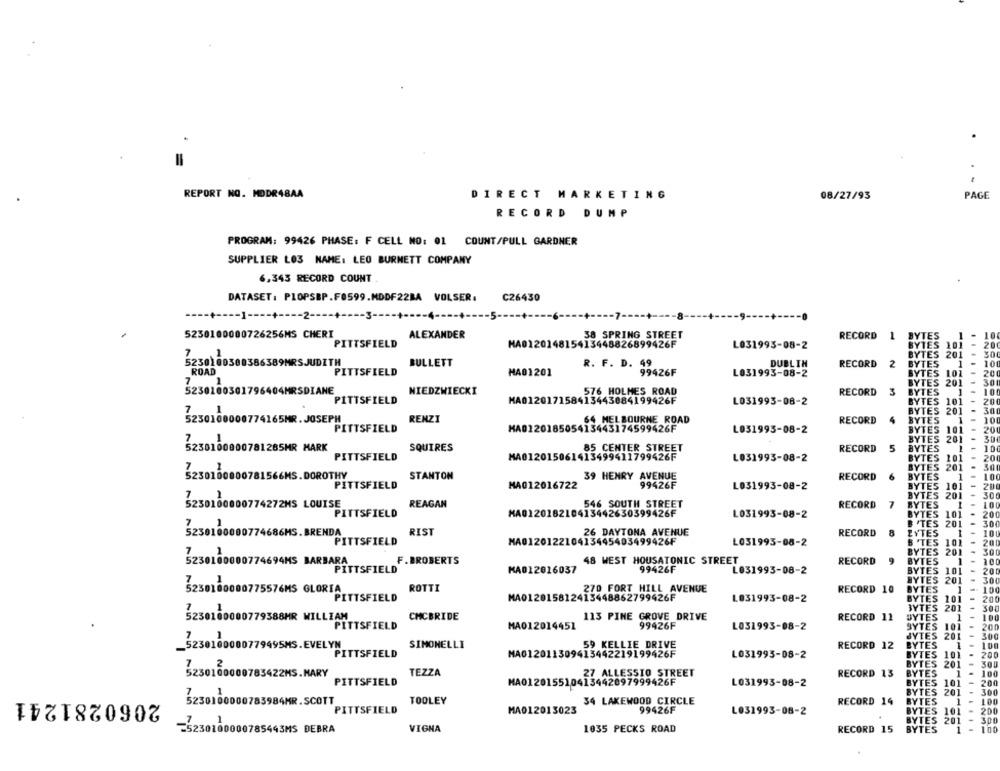
-
REPORT NO. MDDR48AA
DIRECT MARKETING
08/27/93
PAGE
RECORD DUMP
PROGRAM: 99426 PHASE: F CELL NO: 01 COUNT/PULL GARDNER
SUPPLIER L03 NAME: LEO BURNETT COMPANY
6.345 RECORD COUNT
DATASET: PLOPSBP.F0599.MDDF22BA VOLSER.
C26430
---- + ---- 1 ---- + ---- 2 ---- + ---- 3 ---- + ---- 4 ---- +
5230100000726256MS CHERI
ALEXANDER
38 SPRING STREET
RECORD 1
PITTSFIELD
HA012014815413448826899426F
HA01201481
L031993-08-2
5230100300386389MRSJUDITH
BULLETT
DUBLIN
52301 803
PITTSFIELD
R. F. D. 49
99426F
RECORD 2
ROAD
HA01201
L031993-08-2
1
5230100301796404MRSDIANE
NIEDZWIECKI
576 HOLMES ROAD
RECORD
3
PITTSFIELD
MA012017158413443884199426F
L031993-08-2
230100000774165MR. JOSEPH
RENZI
64 MELBOURNE ROAD
RECORD
4
PITTSFIELD
HA022018505413443174599426F
L031993-08-2
5230100000781265MR MARK
SQUIRES
85 CENTER STREET
RECORD 5
PITTSFIELD
HA012015061413499411799426F
L031993-08-2
3250100000781566MS.DOROTHY
STANTON
39 HENRY AVENUE
RECORD
1
PITTSFIELD
MA012016722
99426F
L031993-08-2
10
5230100000774272HS LOUISE
REAGAN
546 SOUTH STREET
RECORD
7
PITTSFIELD
MA012018210413442630399426F
L031993-08-2
5230100000774686MS. BRENDA
RIST
26 DAYTONA AVENUE
RECORD
8
1
PITTSFIELD
MA012012210413445403499426F
L031993-08-2
101
201
5230100000774694HS BARBARA
F. BROBERTS
48 WEST HOUSATONIC STREET
RECORD 9
1
PITTSFIELD
MA012016037
99426F
L031993-08-2
101
201
5230180000775576MS GLORIA
ROTTI
270 FORT HILL AVENUE
RECORD 10
PITTSFIELD
MA012015812415448862799426F
L031993-08-2
101
201
5230100000779388MR WILLIAM
CMCBRIDE
113 PINE GROVE DRIVE
RECORD 11
PITTSFIELD
MA012014451
99426F
L031993-08-2
201
1230100000779495MS.EVELYN
SIMONELLI
59 KELLIE DRIVE
RECORD 12
PITTSFIELD
MAG12011309413442219199426F
L031995-08-2
TEZZA
5230160000783422HS.MARY
27 ALLESSIO STREET
RECORD 13
PITTSFIELD
MA012015510413442097999426F
L031993-08-2
BYTES 101
200
2060281241
YTES 201
5230100000783984MR.SCOTT
TOOLEY
34 LAKEWOOD CIRCLE
RECORD 14
BYTES
PITTSFIELD
MA012013023
99426F
BYTES
101
L031993-08-2
BYTES 201
-5230100000785443MS DEBRA
VIGNA
1035 PECKS ROAD
RECORD 15
BYTES
1